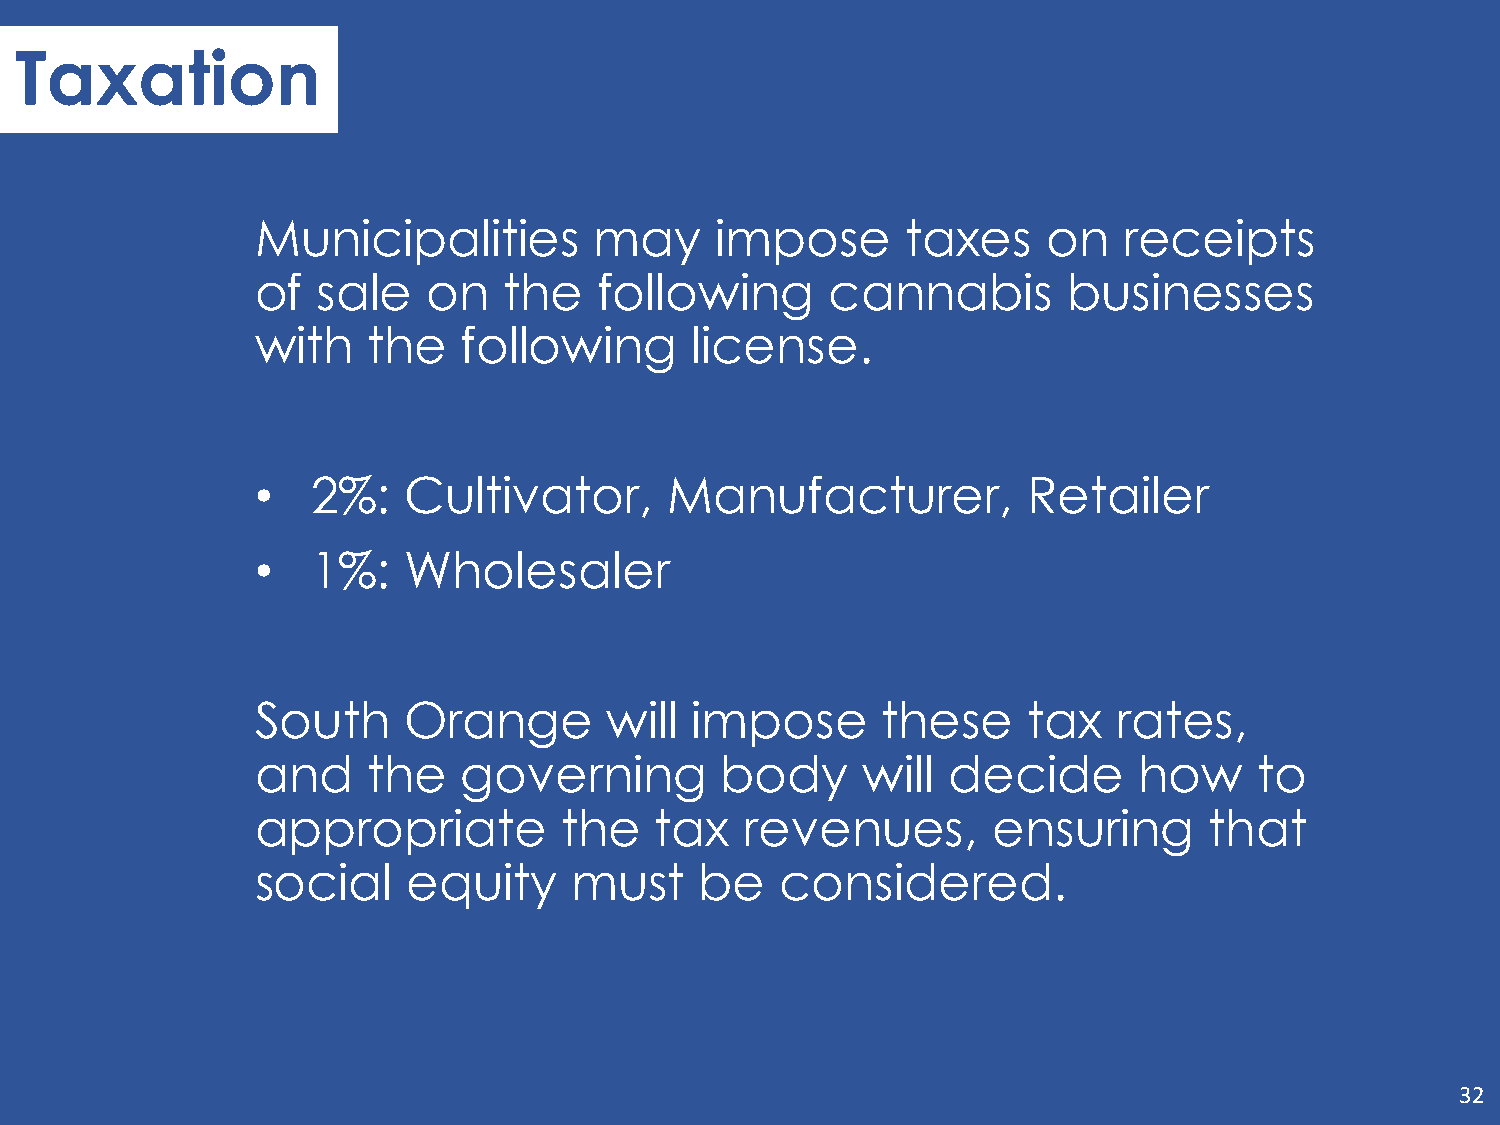
Taxation
 Municipalities        may     impose       taxes    on   receipts
 of  sale   on   the    following      cannabis        businesses
 with   the    following      license.
 •   2%:   Cultivator,      Manufacturer,           Retailer
 •   1%:   Wholesaler
 South     Orange       will  impose      these     tax   rates,
 and    the    governing        body     will  decide      how     to
 appropriate         the   tax   revenues,        ensuring      that
 social    equity     must    be    considered.
 32